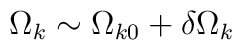
\Omega _k\sim \Omega _{k0}+\delta \Omega _k